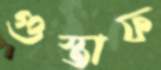
গুস্তাফ